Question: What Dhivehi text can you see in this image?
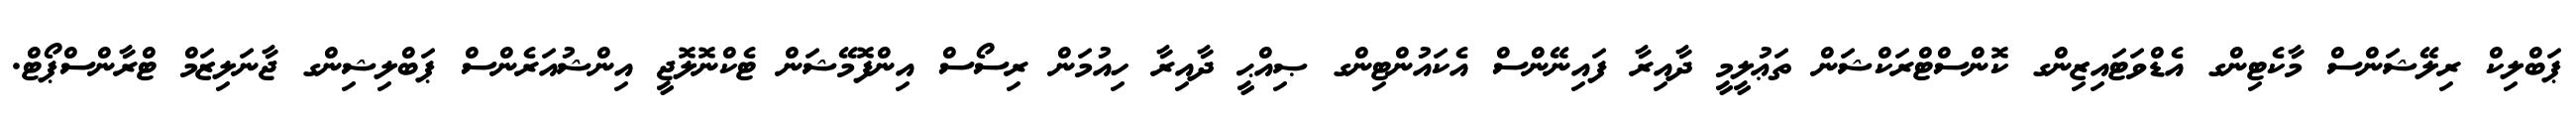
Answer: ޕަބްލިކް ރިލޭޝަންސް މާކެޓިންގ އެޑްވަޓައިޒިންގ ކޮންސްޓްރަކްޝަން ތަޢުލީމީ ދާއިރާ ފައިނޭންސް އެކައުންޓިންގ ޞިއްޙީ ދާއިރާ ހިއުމަން ރިސޯސް އިންފޮމޭޝަން ޓެކްނޮލޮޖީ އިންޝުއަރެންސް ޕަބްލިޝިންގ ޖާނަލިޒަމް ޓްރާންސްޕޯޓް.